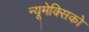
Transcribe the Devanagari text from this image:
न्यूमेक्सिको